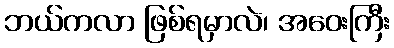
ဘယ်ကလာ ဖြစ်ရမှာလဲ၊ အဝေးကြီး